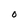
Character: O